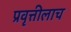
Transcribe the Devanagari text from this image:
प्रवृत्तीलाच